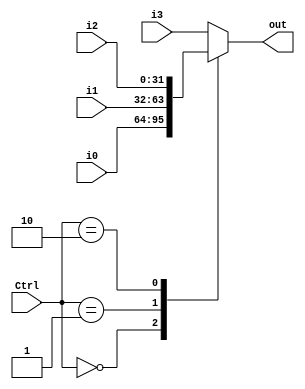
module MUX32_4 (
    input [1:0] Ctrl,
    input [31:0] i0,
    input [31:0] i1,
    input [31:0] i2,
    input [31:0] i3,
    output [31:0] out
);
    always @* begin
        case (Ctrl)
            2'b00: 
                out = i0;
            2'b01: 
                out = i1;
            2'b10: 
                out = i2;
            default: 
                out = i3;
        endcase
    end

endmodule